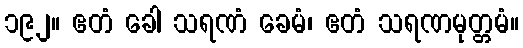
၁၉၂။ ဧတံ ခေါ သရဏံ ခေမံ၊ ဧတံ သရဏမုတ္တမံ။